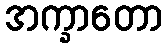
အက္ခာတော